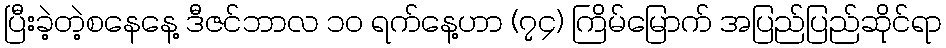
ပြီးခဲ့တဲ့စနေနေ့ ဒီဇင်ဘာလ ၁၀ ရက်နေ့ဟာ (၇၄) ကြိမ်မြောက် အပြည်ပြည်ဆိုင်ရာ